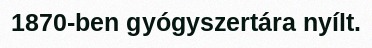
1870-ben gyógyszertára nyílt.